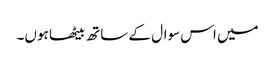
میں اس سوال کے ساتھ بیٹھا ہوں۔